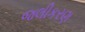
જલીકરણ